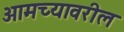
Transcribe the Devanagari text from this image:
आमच्यावरील